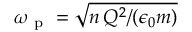
\omega _ { \mathrm { ~ p ~ } } = \sqrt { n \, Q ^ { 2 } / ( \epsilon _ { 0 } m ) }